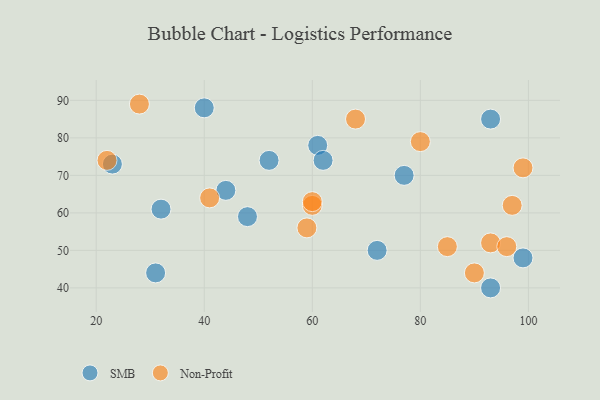
{"axis": {"x": "GDP", "y": "Life Expectancy"}, "legend": ["Non-Profit", "SMB"], "data": [{"x": "77", "y": 70, "type": "SMB"}, {"x": "31", "y": 44, "type": "SMB"}, {"x": "72", "y": 50, "type": "SMB"}, {"x": "93", "y": 85, "type": "SMB"}, {"x": "93", "y": 40, "type": "SMB"}, {"x": "48", "y": 59, "type": "SMB"}, {"x": "32", "y": 61, "type": "SMB"}, {"x": "61", "y": 78, "type": "SMB"}, {"x": "62", "y": 74, "type": "SMB"}, {"x": "99", "y": 48, "type": "SMB"}, {"x": "52", "y": 74, "type": "SMB"}, {"x": "44", "y": 66, "type": "SMB"}, {"x": "23", "y": 73, "type": "SMB"}, {"x": "40", "y": 88, "type": "SMB"}, {"x": "97", "y": 62, "type": "Non-Profit"}, {"x": "60", "y": 62, "type": "Non-Profit"}, {"x": "90", "y": 44, "type": "Non-Profit"}, {"x": "41", "y": 64, "type": "Non-Profit"}, {"x": "93", "y": 52, "type": "Non-Profit"}, {"x": "80", "y": 79, "type": "Non-Profit"}, {"x": "85", "y": 51, "type": "Non-Profit"}, {"x": "28", "y": 89, "type": "Non-Profit"}, {"x": "59", "y": 56, "type": "Non-Profit"}, {"x": "96", "y": 51, "type": "Non-Profit"}, {"x": "99", "y": 72, "type": "Non-Profit"}, {"x": "68", "y": 85, "type": "Non-Profit"}, {"x": "60", "y": 63, "type": "Non-Profit"}, {"x": "22", "y": 74, "type": "Non-Profit"}]}